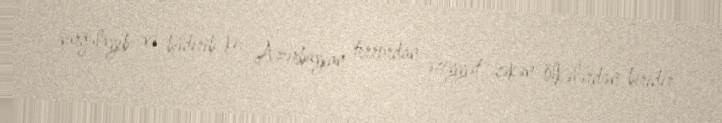
vurğulayıb və bildirib ki, Azərbaycan terrordan əziyyət çəkən ölkələrdən biridir